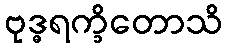
ဗုဒ္ဓရက္ခိတောသိ